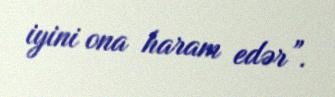
iyini ona haram edər”.